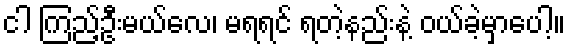
ငါ ကြည့်ဦးမယ်လေ၊ မရရင် ရတဲ့နည်းနဲ့ ဝယ်ခဲ့မှာပေါ့။